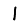
Digit: 1